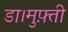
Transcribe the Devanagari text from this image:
डा।मुफ़्ती